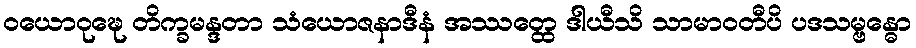
ဝယောဝုဍ္ဎေ တိက္ခမန္ဒတာ သံယောဇနာဒီနံ အဿတ္ထေ ဒါယီသိ သာမာဝတီပိ ပဒသမ္ဗန္ဓော